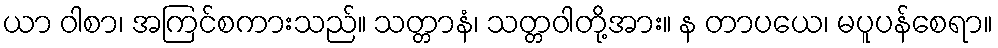
ယာ ဝါစာ၊ အကြင်စကားသည်။ သတ္တာနံ၊ သတ္တဝါတို့အား။ န တာပယေ၊ မပူပန်စေရာ။